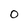
Character: 0